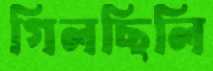
গিলছিলি